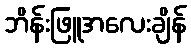
ဘိန်းဖြူအလေးချိန်